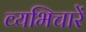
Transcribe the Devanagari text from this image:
व्यभिचारें